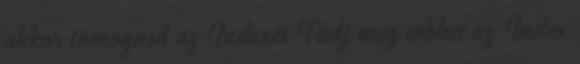
akkor támogasd az Indexet Tudj meg többet az Index